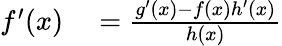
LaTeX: \begin{array}{rl}{f^{\prime}(x)}&{{}={\frac{g^{\prime}(x)-f(x)h^{\prime}(x)}{h(x)}}}\end{array}